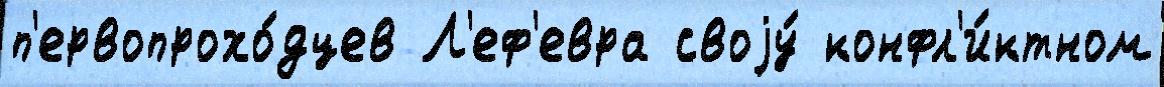
п'ервопрохо́дцев Л'еф'евра своjу́ конфл'и́ктном